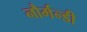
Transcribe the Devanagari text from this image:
नौर्मन्डी